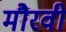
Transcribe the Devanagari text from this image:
मौरवी